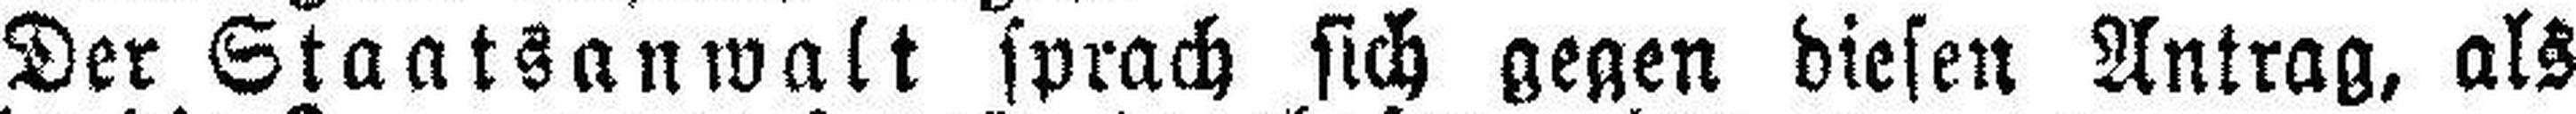
Der Staatsanwalt sprach sich gegen diesen Antrag, als